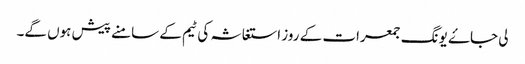
لی جاۓ یونگ جمعرات کے روز استغاثہ کی ٹیم کے سامنے پیش ہوں گے۔